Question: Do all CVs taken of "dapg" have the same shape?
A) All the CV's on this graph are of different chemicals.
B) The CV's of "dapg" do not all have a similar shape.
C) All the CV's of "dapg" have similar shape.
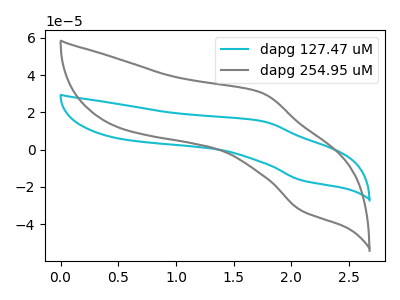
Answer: <think>The cyan curve "dapg 127.47 uM" has an anodic peak at (1.75V, 15.30uA) and a cathodic peak at (2.10V, -16.45uA). The gray curve "dapg 254.95 uM" has an anodic peak at (1.75V, 30.50uA) and a cathodic peak at (2.10V, -32.75uA).
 All the peaks in "dapg 127.47 uM" have a peak in "dapg 254.95 uM" at the same potential. Every peak in "dapg 127.47 uM" is lower than every peak in "dapg 254.95 uM".</think>
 <answer>C) All the CV's of "dapg" have similar shape.</answer>
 <eval>C</eval>